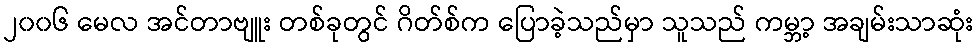
၂၀၀၆ မေလ အင်တာဗျူး တစ်ခုတွင် ဂိတ်စ်က ပြောခဲ့သည်မှာ သူသည် ကမ္ဘာ့ အချမ်းသာဆုံး